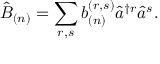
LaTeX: \hat { B } _ { ( n ) } = \sum _ { r , s } b _ { ( n ) } ^ { ( r , s ) } \hat { a } ^ { \dagger r } \hat { a } ^ { s } .